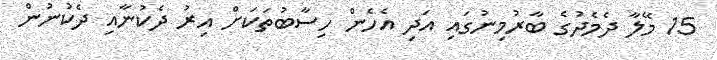
15 މޭލާ ދެމެދުގެ ބާރުމިނުގައި އަދި އެހެން ހިސާބުތަކަށް އިރު ދެކުނާއި ދެކުނުން